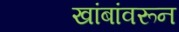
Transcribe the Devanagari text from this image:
खांबांवरून